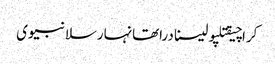
کراچیقتلپولیسنادراتھانہارسلانبیوی